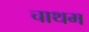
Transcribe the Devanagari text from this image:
चाथम